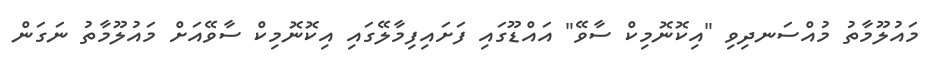
މައުލޫމާތު މުއްސަނދިވި "އިކޮނޮމިކް ސާވޭ" އައްޑޫގައި ފަށައިފިމާލޭގައި އިކޮނޮމިކް ސާވޭއަށް މައުލޫމާތު ނަގަން